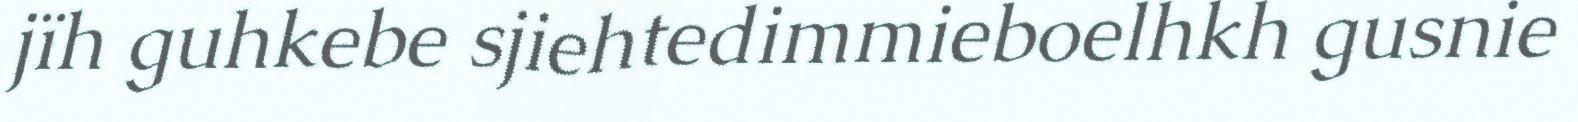
jïh guhkebe sjiehtedimmieboelhkh gusnie